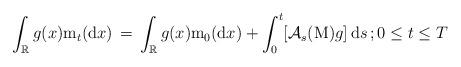
LaTeX: \begin{align*} \int_{\mathbb R} g(x) \mathrm m_{t}( {\mathrm d} x) \, =\, \int_{\mathbb R} g(x) \mathrm m_{0}( {\mathrm d} x) + \int^{t}_{0}[ \mathcal A_{s}(\mathrm M) g] \, {\mathrm d}s \, ; 0 \le t \le T \end{align*}